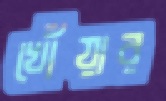
খোঁয়ার